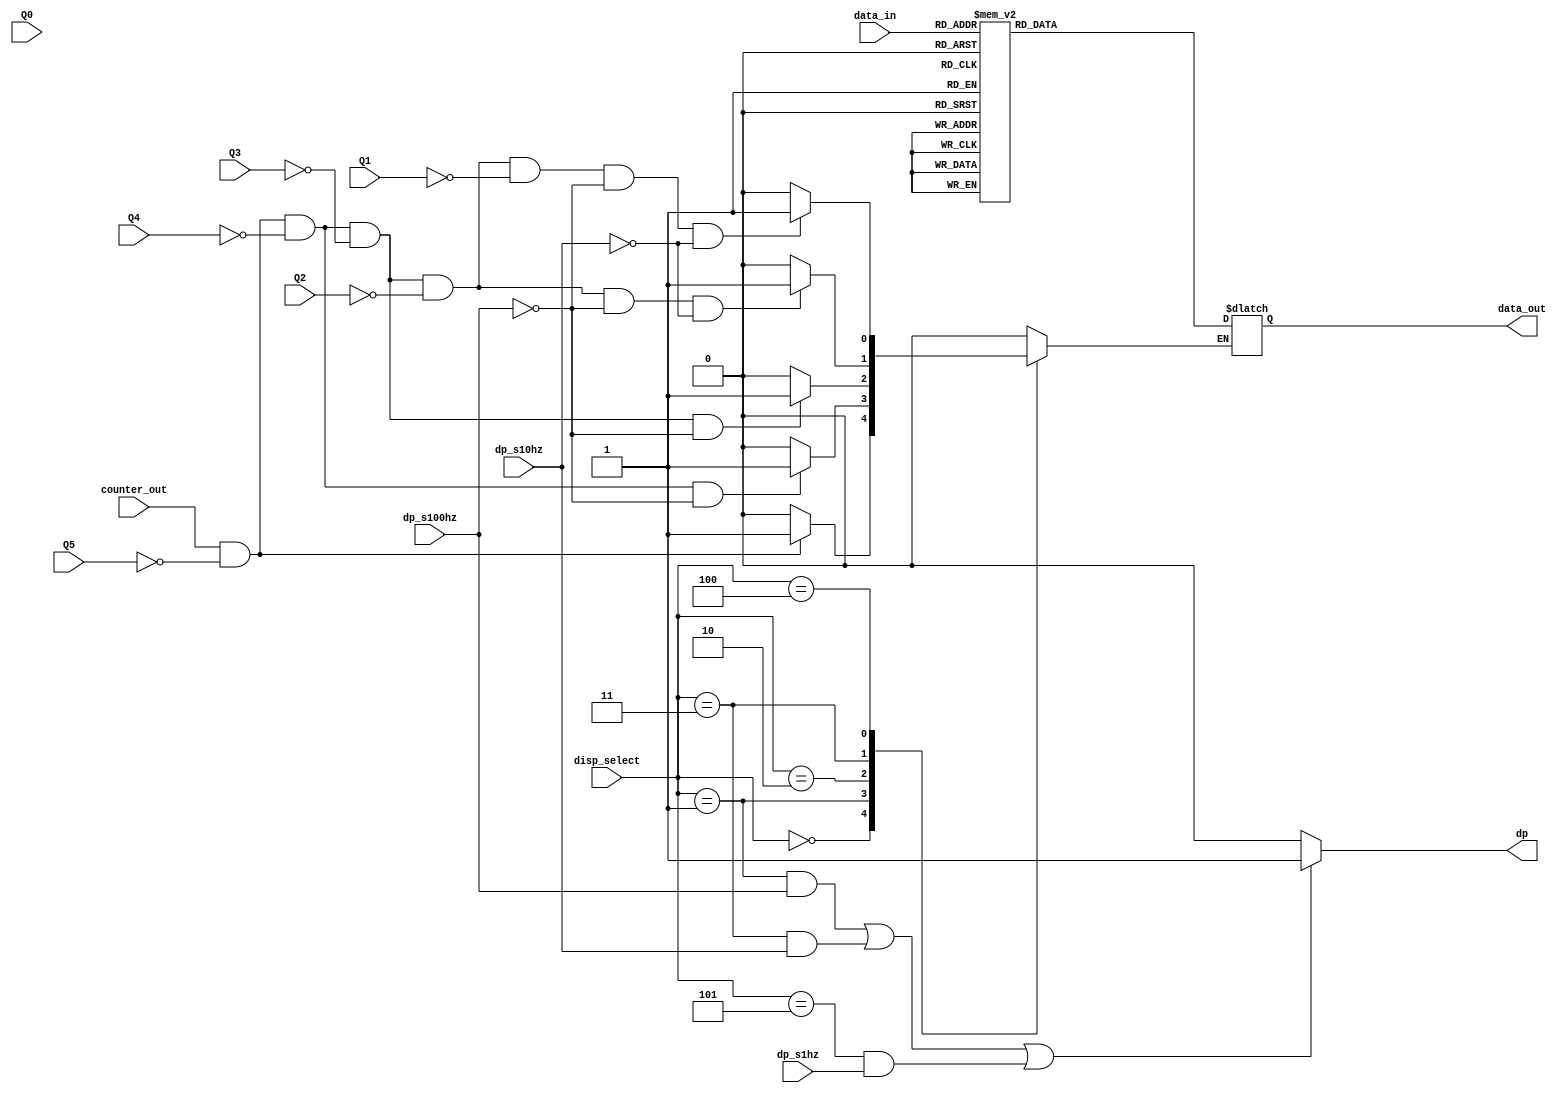
module dispdecoder(
					data_in,
					disp_select,
					dp_s1hz,dp_s10hz,dp_s100hz,
					Q5,Q4,Q3,Q2,Q1,Q0,counter_out,
					data_out,
					dp);

output [6:0] data_out;
output dp;
input  [3:0] data_in;
input  [2:0] disp_select;
input  dp_s1hz,dp_s10hz,dp_s100hz;
input  [3:0] Q5,Q4,Q3,Q2,Q1,Q0;
input  counter_out;

reg dp;
reg [6:0] data_out;

reg hide;

initial 
begin
  dp <= 1'b0;
  hide <= 1'b0;
end
//
always @(data_in,hide,data_out)
begin
  if(hide == 1'b0)
  begin
	case(data_in)
    	4'b0000 : data_out <= 7'b1000000;  //0
		4'b0001 : data_out <= 7'b1111001;  //1
		4'b0010 : data_out <= 7'b0100100;  //2
		4'b0011 : data_out <= 7'b0110000;  //3
		4'b0100 : data_out <= 7'b0011001;  //4
		4'b0101 : data_out <= 7'b0010010;  //5
		4'b0110 : data_out <= 7'b0000010;  //6
		4'b0111 : data_out <= 7'b1110000;  //7
		4'b1000 : data_out <= 7'b0000000;  //8
		4'b1001 : data_out <= 7'b0010000;  //9
		default : data_out <= 7'b1111111;  //void
	endcase
  end
end

//
always @(disp_select,dp_s1hz,dp_s10hz,dp_s100hz,
         Q5,Q4,Q3,Q2,Q1,counter_out,dp,hide)
begin
  if (((disp_select == 3'b001) && (dp_s100hz == 1'b1))||
	  ((disp_select == 3'b011) && (dp_s10hz == 1'b1))||
      ((disp_select == 3'b101) && (dp_s1hz == 1'b1)))
    dp <= 1'b1;
  else
    dp <= 1'b0;
  case(disp_select)
    3'b000:  begin
               if((counter_out == 1'b1) && (Q5 == 4'b0))
                 hide <= 1'b1;
               else
                 hide <= 1'b0;
             end
    3'b001:  begin
               if((counter_out == 1'b1) && (Q5 == 4'b0) &&
										   (Q4 == 4'b0) &&
										   (dp_s100hz != 1'b1))
                 hide <= 1'b1;
               else
                 hide <= 1'b0;
             end
    3'b010:  begin
               if((counter_out == 1'b1) && (Q5 == 4'b0) && 
                                           (Q4 == 4'b0) && 
                                           (Q3 == 4'b0) &&
                                           (dp_s100hz != 1'b1))
                 hide <= 1'b1;
               else
                 hide <= 1'b0;
             end
    3'b011:  begin
               if((counter_out == 1'b1) && (Q5 == 4'b0) && 
                                           (Q4 == 4'b0) && 
                                           (Q3 == 4'b0) &&
                                           (Q2 == 4'b0) &&
                                           (dp_s100hz != 1'b1)&&
                                           (dp_s10hz != 1'b1))
                 hide <= 1'b1;
               else
                 hide <= 1'b0;
             end
    3'b100:  begin
               if((counter_out == 1'b1) && (Q5 == 4'b0) && 
                                           (Q4 == 4'b0) && 
                                           (Q3 == 4'b0) &&
                                           (Q2 == 4'b0) &&
                                           (Q1 == 4'b0) &&
                                           (dp_s100hz != 1'b1)&&
                                           (dp_s10hz != 1'b1))
                 hide <= 1'b1;
               else
                 hide <= 1'b0;
             end
    default:     hide <= 1'b0;
  endcase

end

endmodule